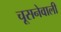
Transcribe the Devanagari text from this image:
चूसनेवाली